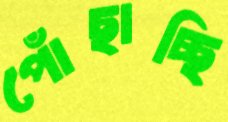
পোঁছাচ্ছি